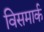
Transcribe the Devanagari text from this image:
विसमार्क